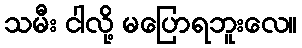
သမီး ငါလို့ မပြောရဘူးလေ။